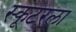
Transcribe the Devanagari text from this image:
स्कूटरला